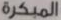
المبكرة